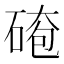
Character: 𪿤